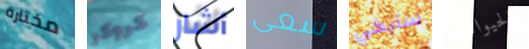
مختارة كروكر أشار سعى سأبكي كالحيوانات